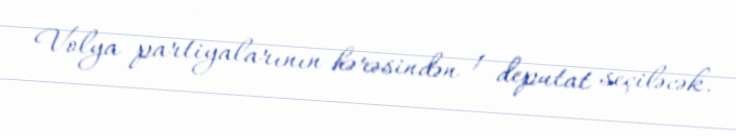
Volya partiyalarının hərəsindən 1 deputat seçiləcək.